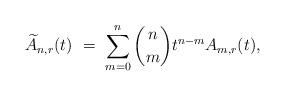
LaTeX: \begin{align*}\widetilde{A}_{n,r}(t) \ = \ \sum_{m=0}^n {n \choose m} t^{n-m} A_{m,r}(t), \end{align*}